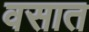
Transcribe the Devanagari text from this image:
वसात